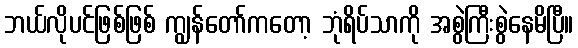
ဘယ်လိုပင်ဖြစ်ဖြစ် ကျွန်တော်ကတော့ ဘုံရိပ်သာကို အစွဲကြီးစွဲနေမိပြီ။